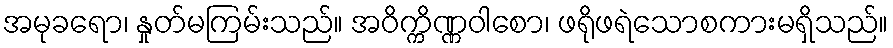
အမုခရော၊ နှုတ်မကြမ်းသည်။ အဝိက္ကိဏ္ဏဝါစော၊ ဖရိုဖရဲသောစကားမရှိသည်။